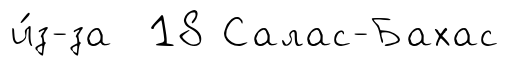
и́з-за 18 Салас-Бахас